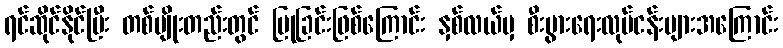
ရင်ဆိုင်နိုင်ပြီး တစ်မျိုးတည်းတွင် ပြုခြင်းဖြစ်ကြောင်း နှစ်လယ်မှ စီးပွားရေးလုပ်ငန်းများအကြောင်း